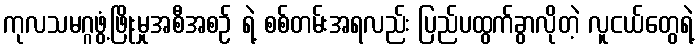
ကုလသမဂ္ဂဖွံ့ဖြိုးမှုအစီအစဉ် ရဲ့ စစ်တမ်းအရလည်း ပြည်ပထွက်ခွာလိုတဲ့ လူငယ်တွေရဲ့